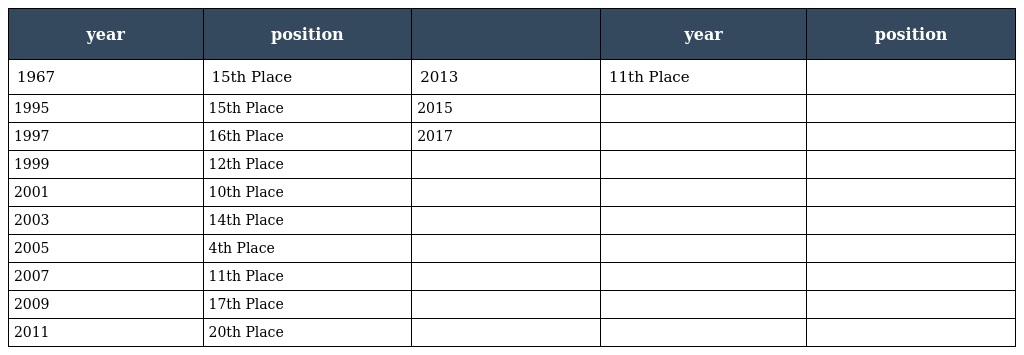
| year | position |  | year | position |
 | --- | --- | --- | --- | --- |
 | 1967 | 15th Place | 2013 | 11th Place |  |
 | 1995 | 15th Place | 2015 |  |  |
 | 1997 | 16th Place | 2017 |  |  |
 | 1999 | 12th Place |  |  |  |
 | 2001 | 10th Place |  |  |  |
 | 2003 | 14th Place |  |  |  |
 | 2005 | 4th Place |  |  |  |
 | 2007 | 11th Place |  |  |  |
 | 2009 | 17th Place |  |  |  |
 | 2011 | 20th Place |  |  |  |